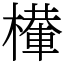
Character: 檋